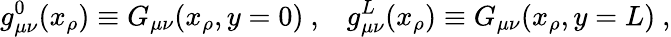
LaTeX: g_{\mu\nu}^{0}(x_{\rho})\equiv G_{\mu\nu}(x_{\rho},y=0)\ ,\; \; \; g_{\mu\nu}^{L}(x_{\rho})\equiv G_{\mu\nu}(x_{\rho},y=L)\ ,